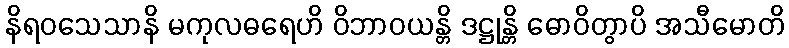
နိရဝသေသာနိ မကုလဓရေဟိ ဝိဘာဝယန္တိ ဒဋ္ဌုန္တိ ဓောဝိတွာပိ အသီမောတိ